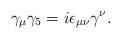
LaTeX: \begin{align*}\gamma_\mu\gamma_5=i\epsilon_{\mu\nu}\gamma^\nu.\end{align*}